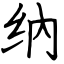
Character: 纳